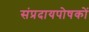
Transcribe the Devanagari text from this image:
संप्रदायपोषकों